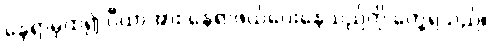
နေရာမှထ၍ ပီယာအား နေရာဖယ်ပေးနေသည်ကို တွေ့ရသည်။